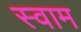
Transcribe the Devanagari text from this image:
स्वाम